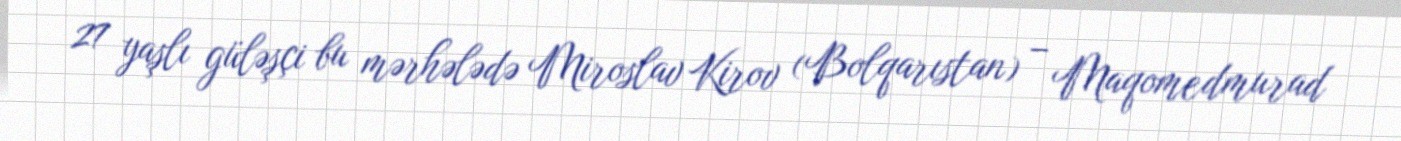
27 yaşlı güləşçi bu mərhələdə Miroslav Kirov (Bolqarıstan) – Maqomedmurad